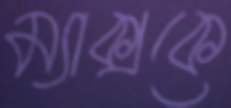
ম্যাক্সকে